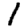
Digit: 1